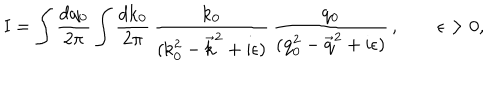
\mathrm { I = \int \frac { d q _ { 0 } } { 2 \ p i } \int \frac { d k _ { 0 } } { 2 \ p i } \, \frac { k _ { 0 } } { ( k _ { 0 } ^ { 2 } - \vec { k } ^ { 2 } + i \ e p s i l o n ) } \, \frac { q _ { 0 } } { ( q _ { 0 } ^ { 2 } - \vec { q } ^ { 2 } + i \ e p s i l o n ) } \, , \qquad \ e p s i l o n > 0 , }